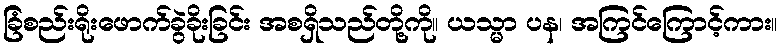
ခြံစည်းရိုးဖောက်ခွဲခိုးခြင်း အစရှိသည်တို့ကို။ ယသ္မာ ပန၊ အကြင်ကြောင့်ကား။